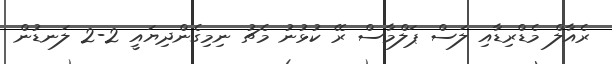
ރެއާލް މެޑްރިޑާއި ލަސް ޕަލްމާސް ރޭ ކުޅުނު މެޗު ނިމިގެންދިޔައީ 2-2 ލަނޑުން